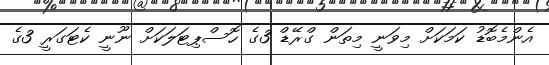
އެންމެބޮޑު ކަމަކަށް މިވަނީ މިތަން ގްރޭޑް 3ގެ ހޮސްޕިޓަލަކަށް ނޫނީ ކެޓަގަރީ 3ގެ